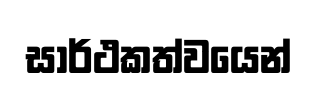
සාර්ථකත්වයෙන්